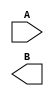
module notgate(A,B);
	input A;
	output B;
	assign A=!B;
endmodule